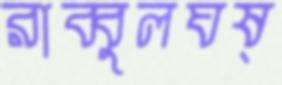
রাব্বুলঘষ্